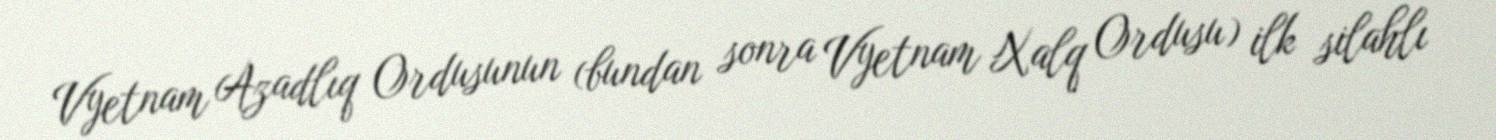
Vyetnam Azadlıq Ordusunun (bundan sonra Vyetnam Xalq Ordusu) ilk silahlı